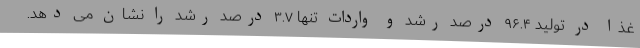
غذا در تولید ۹۶.۴ درصد رشد و واردات تنها ۳.۷ درصد رشد را نشان می ‌دهد.